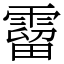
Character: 霤